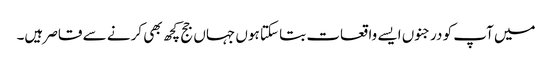
میں آپ کو درجنوں ایسے واقعات بتا سکتا ہوں جہاں جج کچھ بھی کرنے سے قاصر ہیں۔